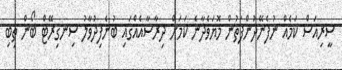
ސީރިއަސް ކަމެއް ނުފެނޭދުންފަތުން މޮޔަވެދާނެ ކަމަށް ދިރާސާއެއްގައި ބުނެފިދުވާލު ސިނގިރޭޓް ބޯން ތިބި